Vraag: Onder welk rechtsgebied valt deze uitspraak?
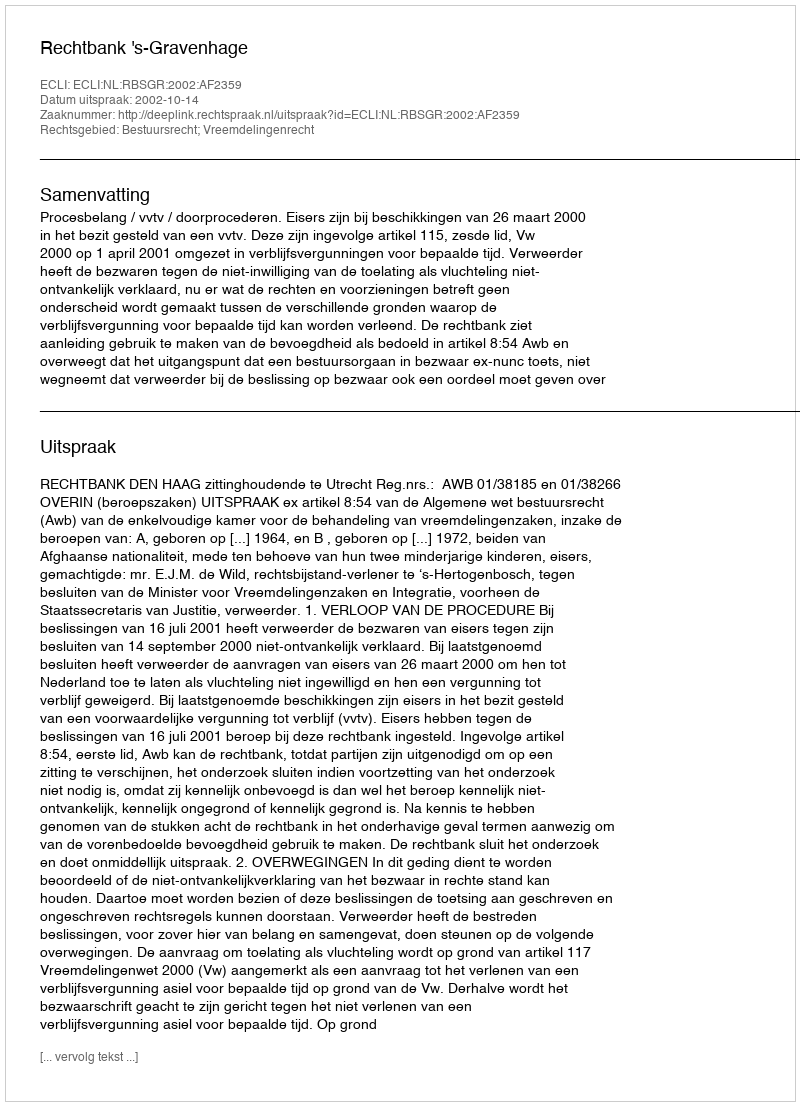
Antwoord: Bestuursrecht; Vreemdelingenrecht